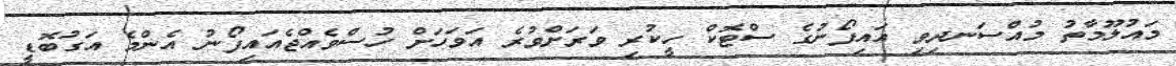
މައުލޫމާތު މުއްސަނދިވި އައިފޯނުގެ ސްޓޮކް ހީކުރި ވަރަށްވުރެ އަވަހަށް ހުސްވެއްޖެއައިފޯނު އެންމެ އަގުބޮޑީ